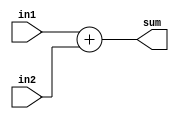
// ECE5440
// Module: adder
// Description: A two-number 4-bit addition module.

module adder (in1, in2, sum);

	input [3:0]in1, in2;
	output [3:0] sum;
	reg [3:0] sum;

	always @ (in1, in2)
		begin
			sum = in1 + in2;
		end
endmodule